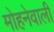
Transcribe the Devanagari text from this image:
मोहनेवाली